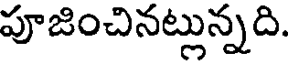
పూజించినట్లున్నది.